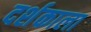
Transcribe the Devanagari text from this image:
दर्शकाला